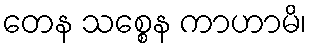
တေန သစ္စေန ကာဟာမိ၊